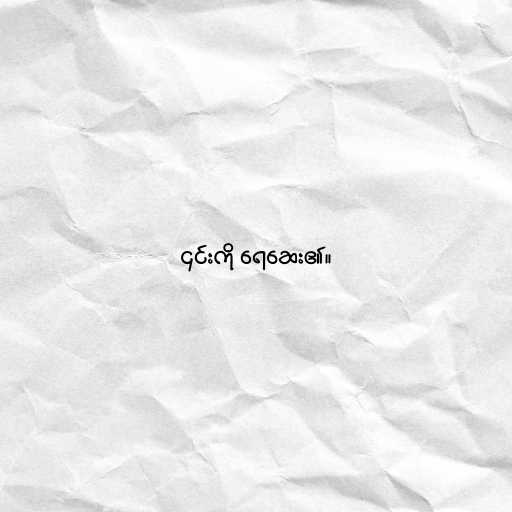
၎င်းကို ရေဆေး၏။